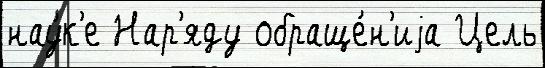
нау́к'е Нар'яду обраще́н'иjа Цель